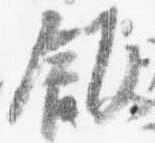
飯